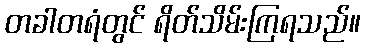
တခါတရံတွင် ရိတ်သိမ်းကြရသည်။